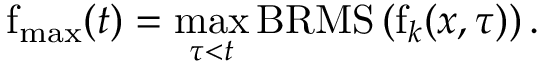
\mathrm { f } _ { \mathrm { m a x } } ( t ) = \operatorname* { m a x } _ { \tau < t } \mathrm { B R M S } \left( \mathrm { f } _ { k } ( \boldsymbol { x } , \tau ) \right) .